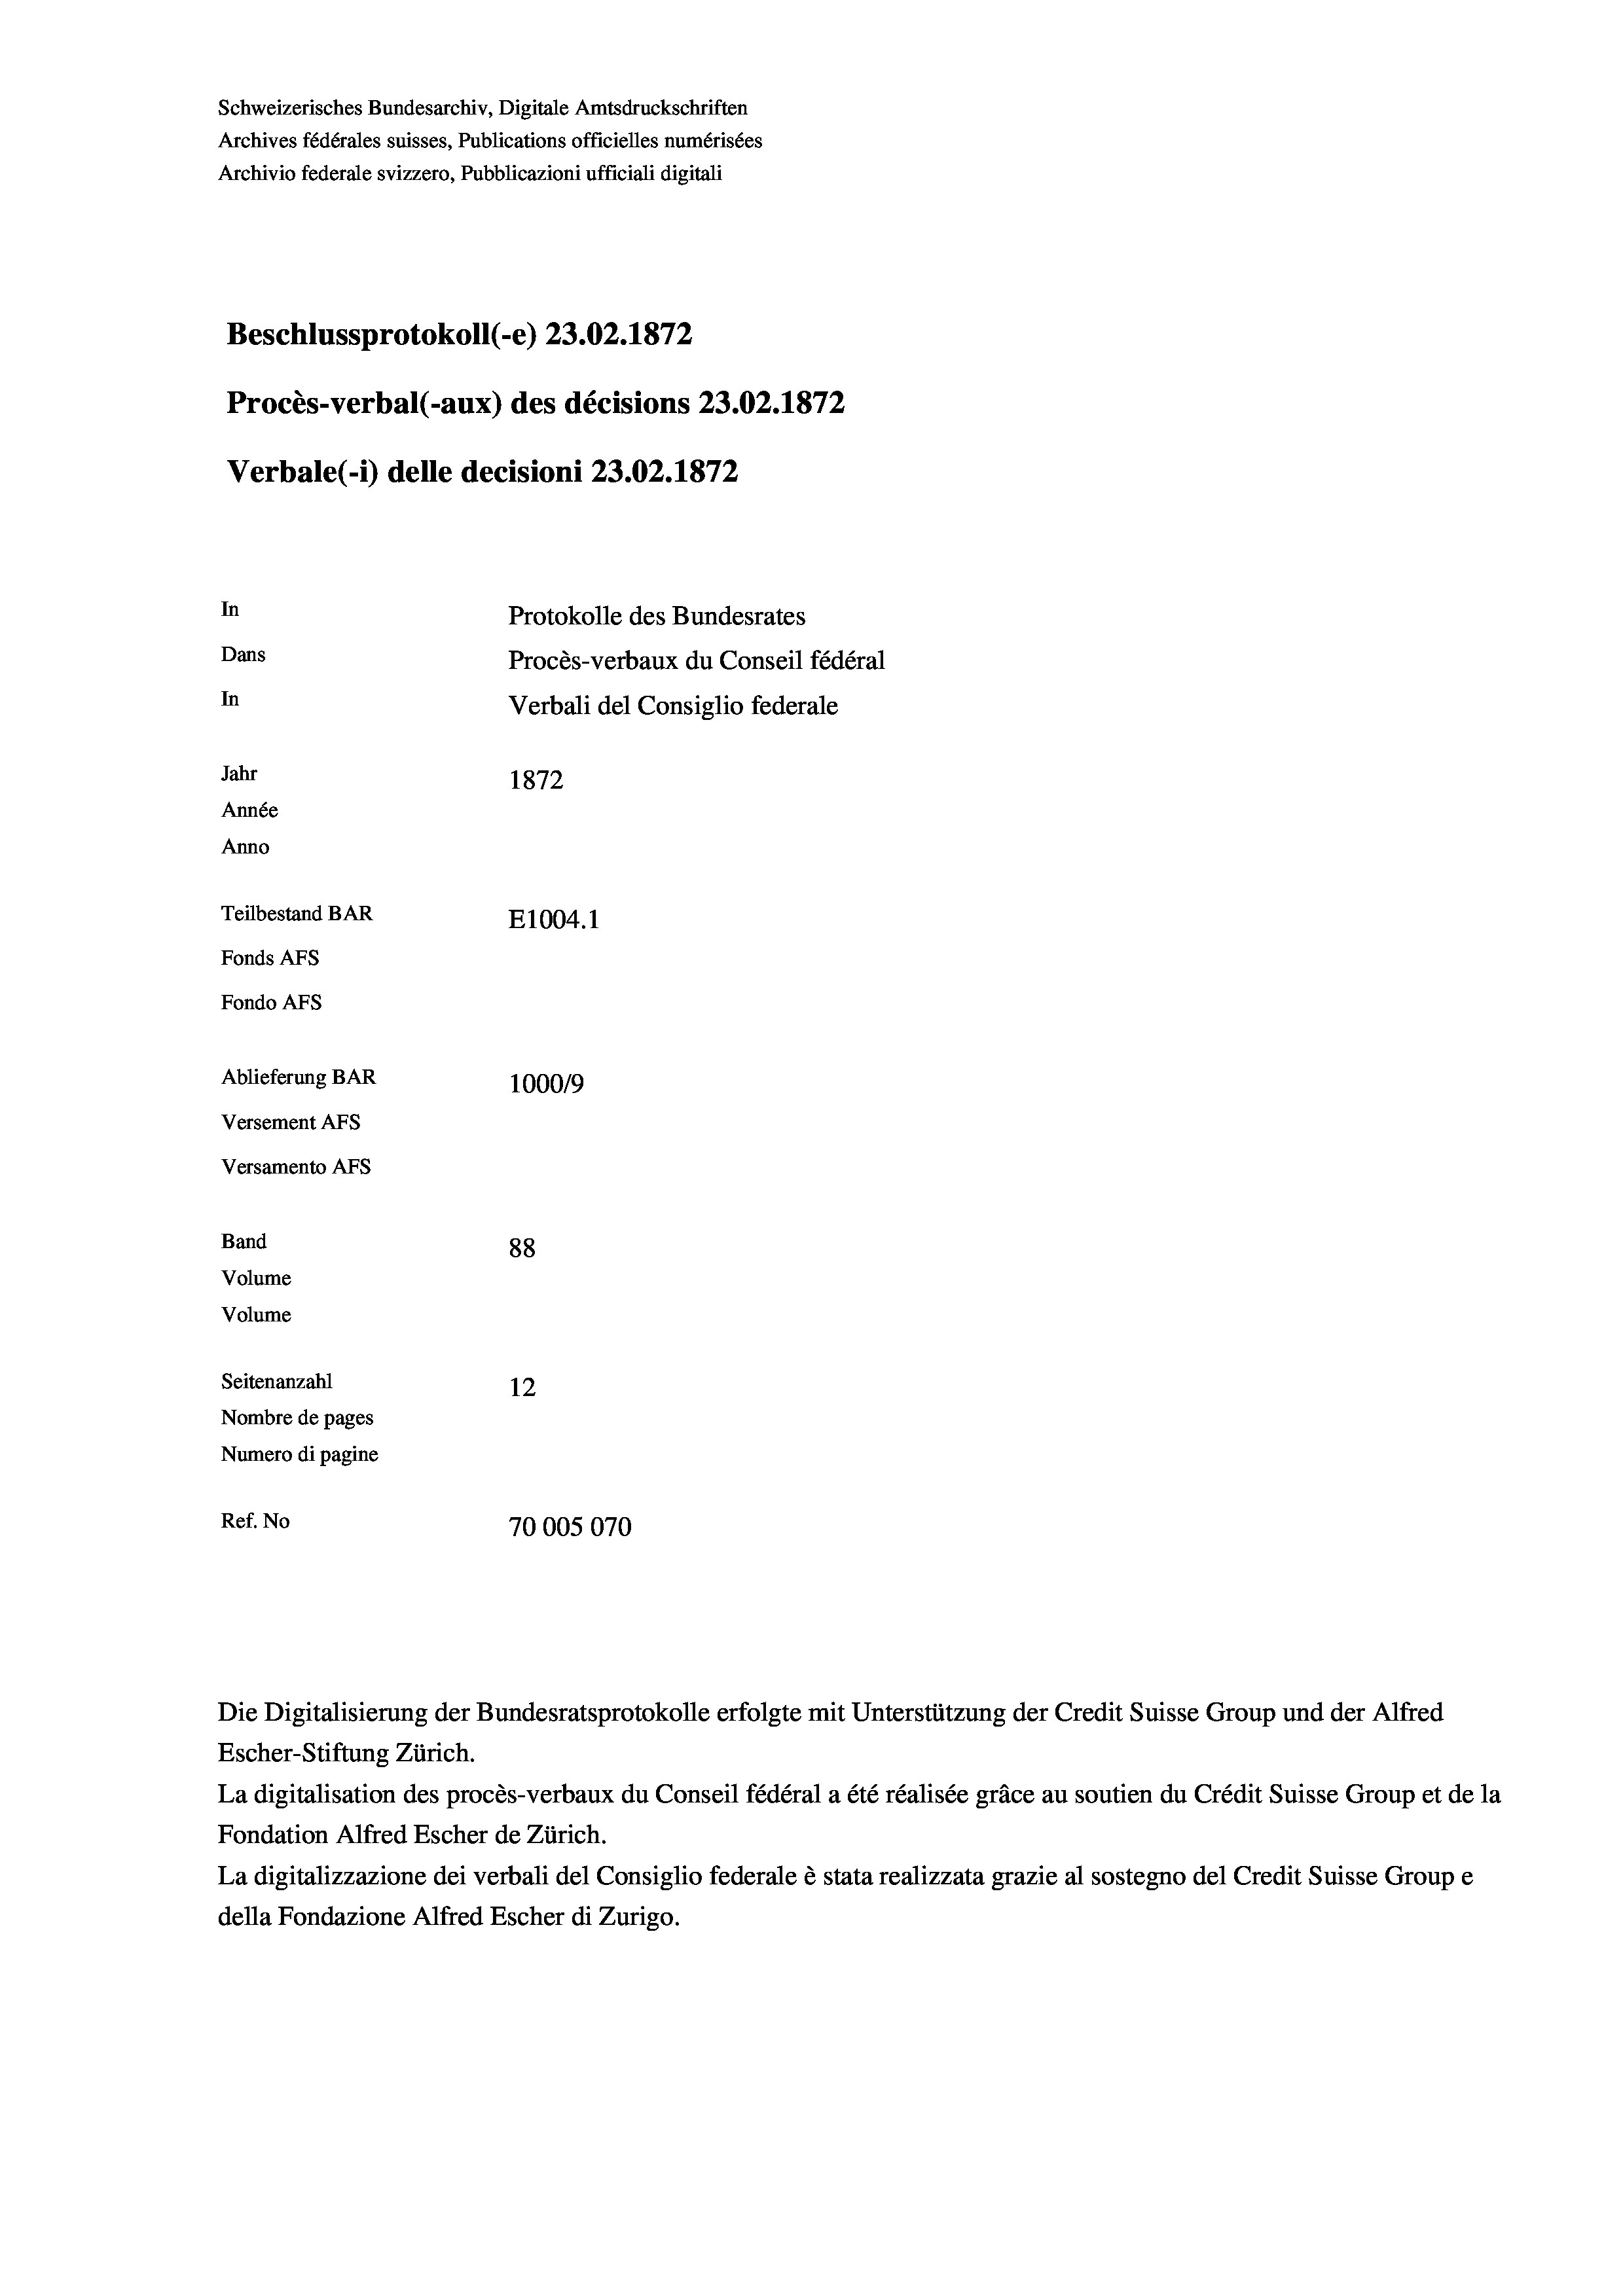
Schweizerisches Bundesarchiv, Digitale Amtsdruckschriften
Archives fédérales suisses, Publications officielles numérisées
Archivio federale svizzero, Pubblicazioni ufficiali digitali
Beschlussprotokoll (-e) 23.02. 1872
Procès-verbal (-aux) des décisions 23.02. 1872
Verbale(-*) delle decisioni 23.02. 1872
In
Protokolle des Bundesrates
Dans
Procès-verbaux du Conseil fédéral
In
Verbali del Consiglio federale
Jahr
1872
Année
Anno
Teilbestand BAR
E1004.1
Fonds Afs
Fondo AFs
Ablieferung BAR
100019
Versement AFS
Versamento Afs
Band
88
Volume
Volume

Seitenanzahl
12
Nombre de pages
Numero di pagine
Ref. No
70005070

Escher-Stiftung Zürich.
La digitalisation des procès-verbaux du Conseil fédéral a été réalisée gräce au soutien du Crédit Suisse Group et de la
Fondation Alfred Escher de Zürich.
La digitalizzazione dei verbali del Consiglio federale è stata realizzata grazie al sostegno del Credit Suisse Groupe
della Fondazione Alfred Escher di Zurigo.

Die Digitalisierung der Bundesratsprotokolle erfolgte mit Unterstützung der Credit Suisse Group und der Alfred